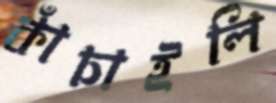
কাঁচাইলি